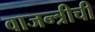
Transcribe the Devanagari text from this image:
वाजन्त्रीची